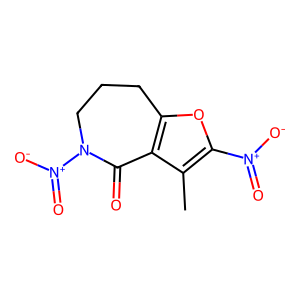
SMILES: Cc1c([N+](=O)[O-])oc2c1C(=O)N([N+](=O)[O-])CCC2
Inhibits HIV replication: No